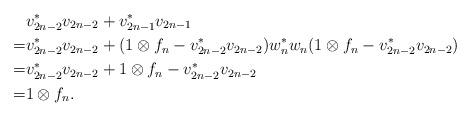
LaTeX: \begin{align*}& v_{2n-2}^* v_{2n-2} + v_{2n-1}^* v_{2n-1} \\= & v_{2n-2}^* v_{2n-2} + (1 \otimes f_n -v_{2n-2}^*v_{2n-2})w_n^*w_n(1 \otimes f_n -v_{2n-2}^*v_{2n-2}) \\= & v_{2n-2}^* v_{2n-2} + 1 \otimes f_n -v_{2n-2}^*v_{2n-2} \\ = & 1\otimes f_n.\end{align*}